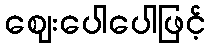
ဈေးပေါပေါဖြင့်